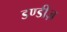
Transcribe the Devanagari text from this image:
डण्डीज़